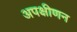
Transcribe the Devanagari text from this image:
अपक्षीणन